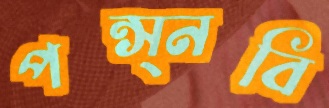
পন্স্নবি